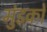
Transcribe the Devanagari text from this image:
मुंडकों